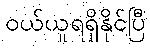
ဝယ်ယူရရှိနိုင်ပြီ